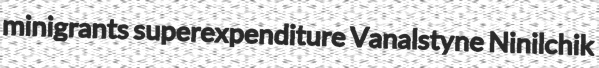
minigrants superexpenditure Vanalstyne Ninilchik